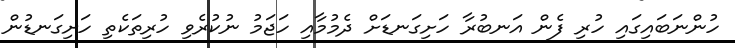
ހުންނަބައިގައި ހުރި ފެން އަނބުރާ ހަށިގަނޑަށް ދެމުމާއި ހަޖަމު ނުކުރެވި ހުރިތަކެތި ހަށިގަނޑުން